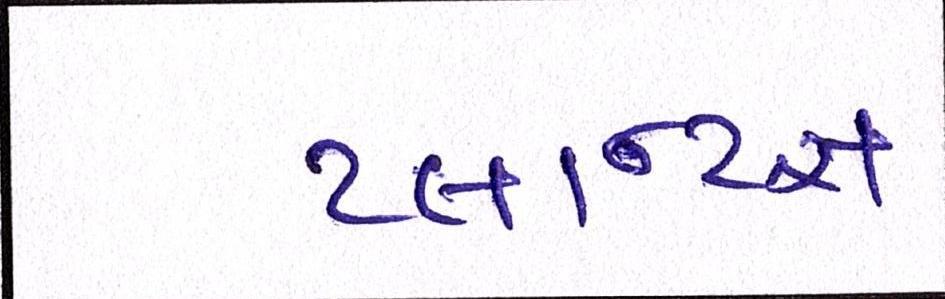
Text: પ્લાન્ટસ